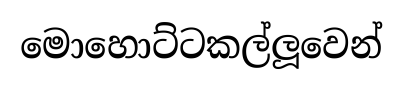
මොහොට්ටකල්ලූවෙන්